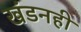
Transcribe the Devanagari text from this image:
खंडनही